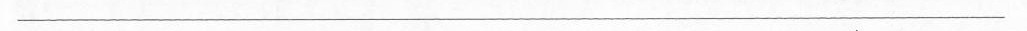
___